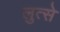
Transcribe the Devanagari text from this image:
लुत्से